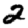
Digit: 2